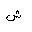
Letter: _shin